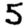
Digit: 5